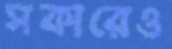
সকারেও